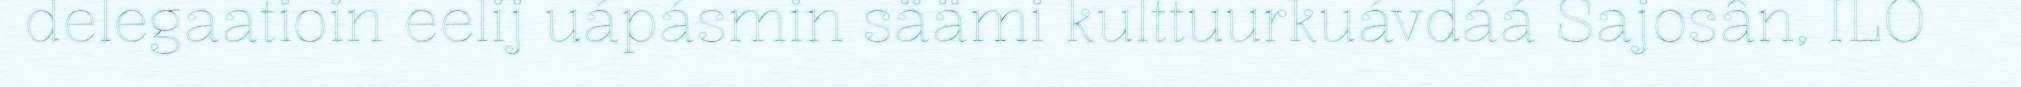
delegaatioin eelij uápásmin säämi kulttuurkuávdáá Sajosân, ILO